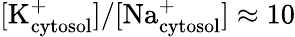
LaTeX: [\textrm{K}_{\textrm{cytosol}}^{+}]/[\textrm{Na}_{\textrm{cytosol}}^{+}]\approx 10